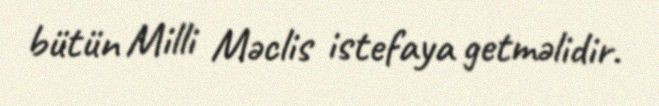
bütün Milli Məclis istefaya getməlidir.